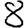
Digit: 8